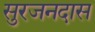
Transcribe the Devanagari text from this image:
सुरजनदास